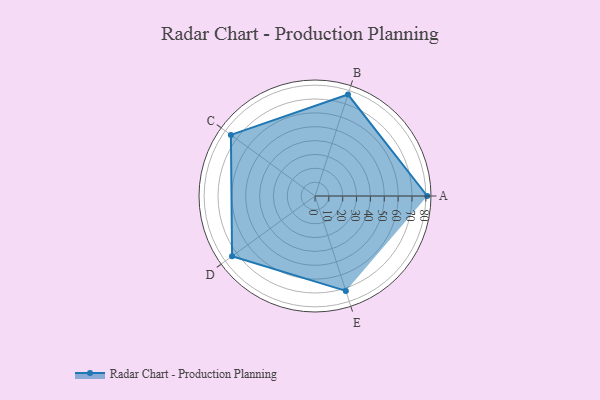
{"axis": {"x": "Skill", "y": "Score"}, "legend": ["Profile"], "data": [{"x": "A", "y": 81.0, "type": "Profile"}, {"x": "B", "y": 77.0, "type": "Profile"}, {"x": "C", "y": 75.0, "type": "Profile"}, {"x": "D", "y": 74.0, "type": "Profile"}, {"x": "E", "y": 72.0, "type": "Profile"}]}